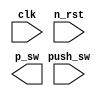
module push_sw(
    input   clk,
    input   n_rst,
    input   push_sw,
    output  p_sw    // Output
);

reg ps_d1;
reg ps_d2;

// delay push switch
always @(posedge clk or negedge n_rst) begin
    if(!n_rst) begin
        ps_d1 <= 1'b0;
        ps_d2 <= 1'b0;
    end

    else begin
        ps_d1 <= push_sw;
        ps_d2 <= ps_d1;
    end
end

// edge detector 
assign p_ws = (!ps_d1 && ps_d2)? 1'b1 : 1'b0;

endmodule